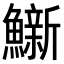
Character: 𫚀